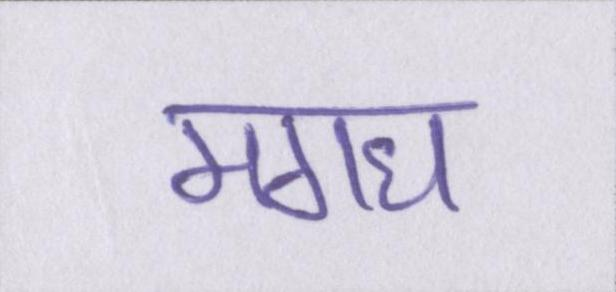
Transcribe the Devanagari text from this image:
मगध